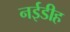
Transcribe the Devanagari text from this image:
नईडीह